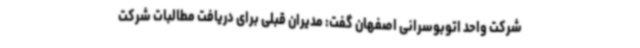
شرکت واحد اتوبوسرانی اصفهان گفت: مدیران قبلی برای دریافت مطالبات شرکت